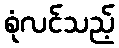
စုံလင်သည့်